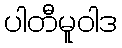
ပါတီမူဝါဒ